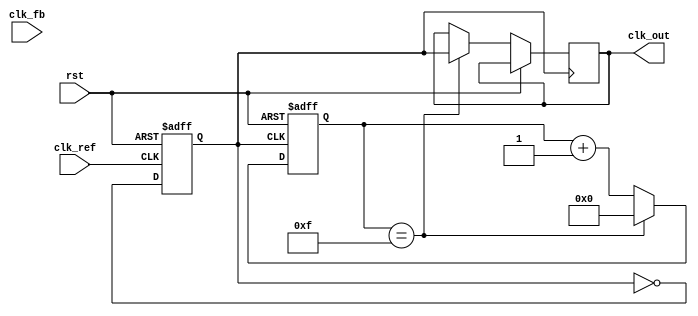
module cp_pll (
    input wire clk_ref,         // Reference clock input
    input wire clk_fb,          // Feedback clock input from VCO
    input wire rst,             // Reset signal
    output reg clk_out          // Output clock signal
);

    // Parameters for the PLL
    parameter COUNTER_WIDTH = 4; // Width of the counter for feedback division
    parameter VCO_MAX_FREQ = 10;  // Max frequency of VCO (arbitrary units)
    parameter VCO_MIN_FREQ = 1;   // Min frequency of VCO (arbitrary units)

    // PFD signals
    reg pfd_up;
    reg pfd_down;

    // Charge Pump signals
    reg [7:0] charge_pump_output;  // Control voltage for VCO
    reg [7:0] loop_filter_output;   // Filtered output from charge pump

    // VCO control
    reg [3:0] vco_counter;          // VCO frequency control
    reg vco_clk;                    // VCO output clock

    // Feedback divider
    reg [COUNTER_WIDTH-1:0] fb_counter;

    // Phase Frequency Detector (PFD)
    always @(posedge clk_ref or posedge rst) begin
        if (rst) begin
            pfd_up <= 0;
            pfd_down <= 0;
        end else begin
            // Simple PFD logic
            if (clk_ref && !clk_fb) begin
                pfd_up <= 1;
                pfd_down <= 0;
            end else if (!clk_ref && clk_fb) begin
                pfd_up <= 0;
                pfd_down <= 1;
            end else begin
                pfd_up <= 0;
                pfd_down <= 0;
            end
        end
    end

    // Charge Pump
    always @(posedge clk_ref or posedge rst) begin
        if (rst) begin
            charge_pump_output <= 0;
        end else begin
            if (pfd_up) begin
                charge_pump_output <= charge_pump_output + 1; // Increment
            end else if (pfd_down) begin
                charge_pump_output <= charge_pump_output - 1; // Decrement
            end
        end
    end

    // Loop Filter (simple integrator)
    always @(posedge clk_ref or posedge rst) begin
        if (rst) begin
            loop_filter_output <= 0;
        end else begin
            loop_filter_output <= charge_pump_output; // Simple filter implementation
        end
    end

    // Voltage-Controlled Oscillator (VCO)
    always @(posedge clk_ref or posedge rst) begin
        if (rst) begin
            vco_counter <= VCO_MIN_FREQ; // Start at minimum frequency
        end else begin
            vco_counter <= loop_filter_output[3:0]; // Control frequency based on output
            if (vco_counter > VCO_MAX_FREQ) begin
                vco_counter <= VCO_MAX_FREQ;
            end
        end
    end

    // Generate VCO clock output
    always @(posedge clk_ref or posedge rst) begin
        if (rst) begin
            vco_clk <= 0;
        end else begin
            vco_clk <= ~vco_clk; // Toggle VCO clock
        end
    end

    // Feedback Divider
    always @(posedge vco_clk or posedge rst) begin
        if (rst) begin
            fb_counter <= 0;
        end else begin
            fb_counter <= fb_counter + 1;
            if (fb_counter == (1 << COUNTER_WIDTH) - 1) begin
                clk_out <= vco_clk; // Output the VCO clock
                fb_counter <= 0; // Reset counter
            end
        end
    end

endmodule